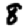
Digit: 8